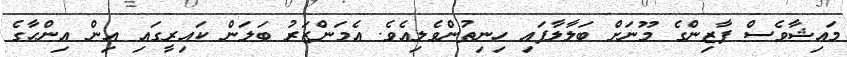
މައިޝާވެސް ފާޒިންގެ މޫނަށް ބަލާލާފައި ހިނިތުންވެލިއެވެ. އެމަންޒަރު ބަލަން ކައިރީގައި އިން އިންހާގެ